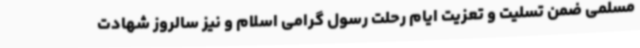
مسلمی ضمن تسلیت و تعزیت ایام رحلت رسول گرامی اسلام و نیز سالروز شهادت